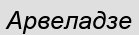
Арвеладзе